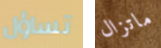
تساؤل ماتزال